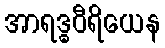
အာရဒ္ဓဝီရိယေန